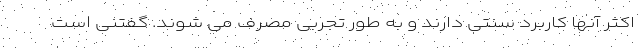
اکثر آنها کاربرد سنتی دارند و به طور تجربی مصرف می شوند. گفتنی است